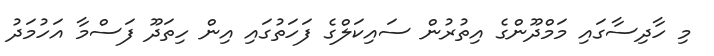
މި ހާދިސާގައި މަމްދޫންގެ އިތުރުން ސައިކަލްގެ ފަހަތުގައި އިން ހިތަދޫ ފަސްމާ އަހުމަދު